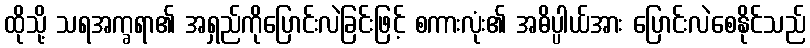
ထိုသို့ သရအက္ခရာ၏ အရှည်ကိုပြောင်းလဲခြင်းဖြင့် စကားလုံး၏ အဓိပ္ပါယ်အား ပြောင်းလဲစေနိုင်သည်